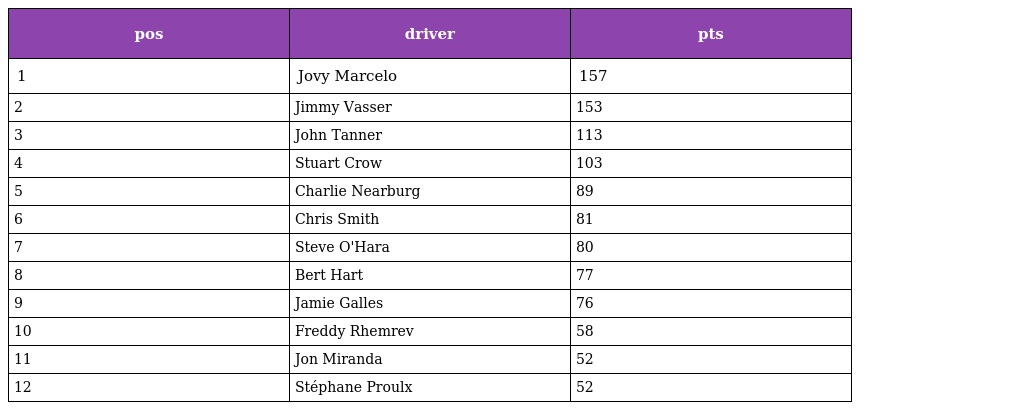
| pos | driver | pts |
 | --- | --- | --- |
 | 1 | Jovy Marcelo | 157 |
 | 2 | Jimmy Vasser | 153 |
 | 3 | John Tanner | 113 |
 | 4 | Stuart Crow | 103 |
 | 5 | Charlie Nearburg | 89 |
 | 6 | Chris Smith | 81 |
 | 7 | Steve O'Hara | 80 |
 | 8 | Bert Hart | 77 |
 | 9 | Jamie Galles | 76 |
 | 10 | Freddy Rhemrev | 58 |
 | 11 | Jon Miranda | 52 |
 | 12 | Stéphane Proulx | 52 |